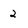
Character: 2